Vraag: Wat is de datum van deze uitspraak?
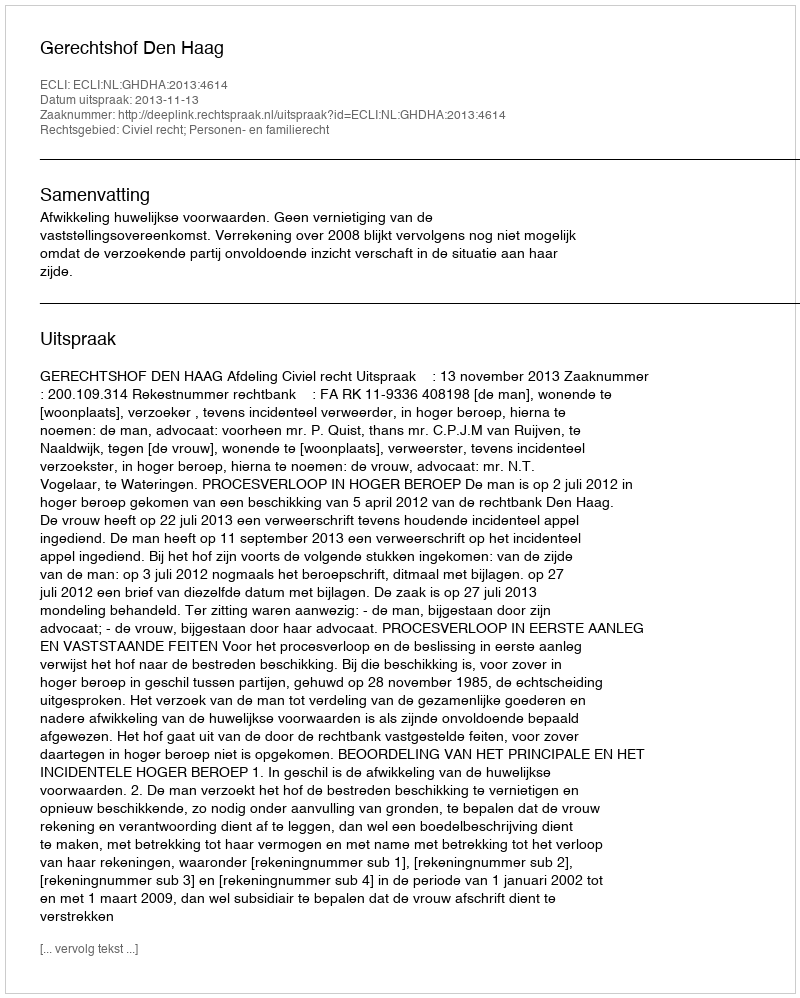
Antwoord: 2013-11-13